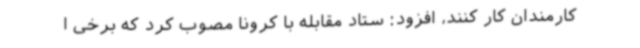
کارمندان کار کنند، افزود: ستاد مقابله با کرونا مصوب کرد که برخی ا